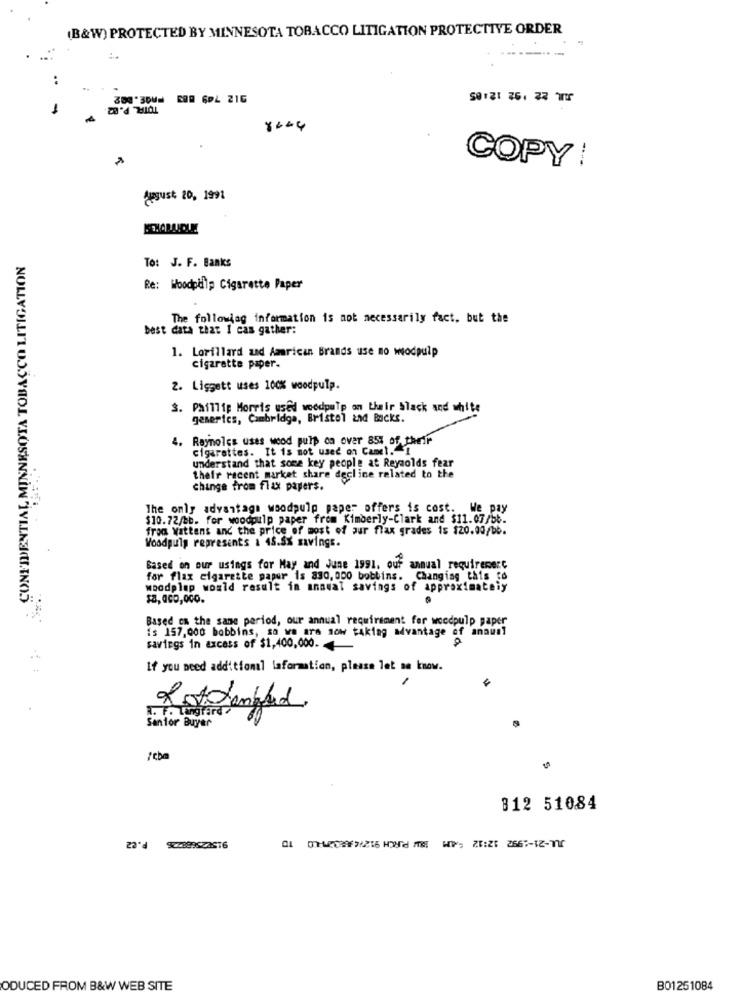
(B&W) PROTECTED BY MINNESOTA TOBACCO LITIGATION PROTECTIVE ORDER
..
TOTAL. P.82
8+44
COPY!
August 20, 1991
CONFIDENTIAL MINNESOTA TOBACCO LITIGATION
To: J. F. Banks
Re: Woodptilp Cigarette Paper
The following information is not necessarily fact, but the
best data that I cas gather:
1. Lorillard and American Brands use no wodpulp
cigarette paper.
2. Liggett uses 100% woodpulp.
. Phillip Morris used woodpulp on their Slack and white
generics, Cambridge, Bristol and Backs.
4. Reynolds uses wood pulp on over 854 of their
cigarettes. It is not used on Camel. 1
understand that some key people at Reynolds fear
their recent market share decline related to the
change from flax papers.
The only advantage woodpulp paper offers is cost. We pay
$10.72/bb. for woodpulp paper from Kimberly-Clark and $11.07/bb.
from Wattens and the price of most of pur flax grades is $20.00/bb.
Voodpuls represents a 45.5% savings.
Based on our usings for May and June 1991. ouf annual requiremerc
for flax cigarette paper is 330,000 bobbins. Changing this to
woodplap would result in annual savings of approximately
Based on the same period, our annual requirement for woodpulp paper
is 157,000 bobbins, so we are now taking advantage of annual
savings in excess of $1,400,000.
If you need additional laformation, please let me know.
1. To Lingford
Rottenbad
Senior Buyer
312 51084
ODUCED FROM B&W WEB SITE
B01251084